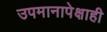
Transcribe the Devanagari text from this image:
उपमानापेक्षाही